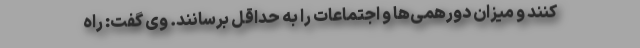
کنند و میزان دورهمی‌ها و اجتماعات را به حداقل برسانند. وی گفت: راه